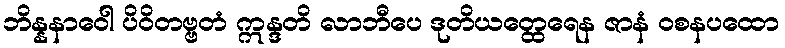
ဘိန္နနာဝေါ ပိဝိတဗ္ဗတံ ဣန္ဒတိ လာဘီပေ ဒုတိယတ္ထေရေန ဇာနံ ဝစနပထော